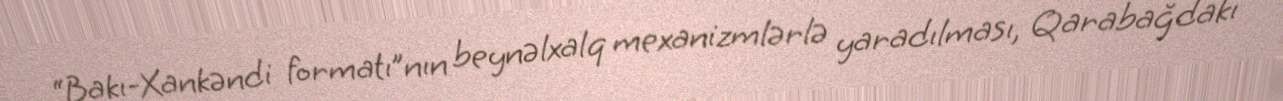
“Bakı-Xankəndi formatı”nın beynəlxalq mexanizmlərlə yaradılması, Qarabağdakı